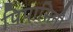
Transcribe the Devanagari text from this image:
पिपासिनी